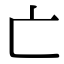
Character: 亡